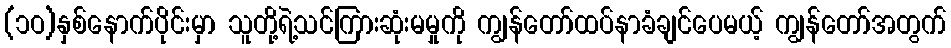
(၁ဝ)နှစ်နောက်ပိုင်းမှာ သူတို့ရဲ့သင်ကြားဆုံးမမှုကို ကျွန်တော်ထပ်နာခံချင်ပေမယ့် ကျွန်တော်အတွက်